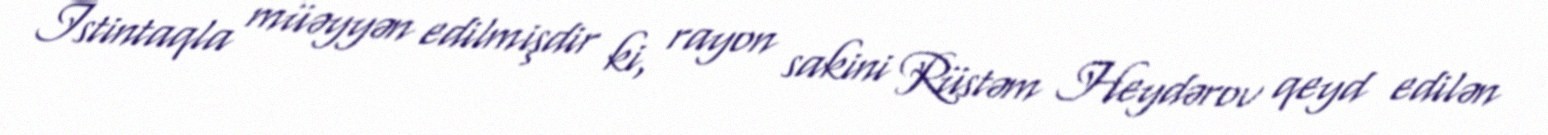
İstintaqla müəyyən edilmişdir ki, rayon sakini Rüstəm Heydərov qeyd edilən